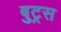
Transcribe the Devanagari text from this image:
बुट्रस